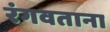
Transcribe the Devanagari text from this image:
रंगवताना